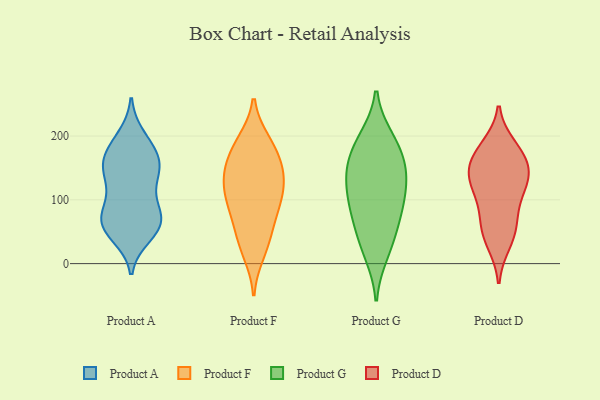
{"axis": {"x": "Conversion Rate (%)", "y": "Value"}, "legend": ["Product A", "Product D", "Product F", "Product G"], "data": [{"x": "", "y": 65, "type": "Product A"}, {"x": "", "y": 71, "type": "Product A"}, {"x": "", "y": 145, "type": "Product A"}, {"x": "", "y": 107, "type": "Product A"}, {"x": "", "y": 59, "type": "Product A"}, {"x": "", "y": 151, "type": "Product A"}, {"x": "", "y": 70, "type": "Product A"}, {"x": "", "y": 159, "type": "Product A"}, {"x": "", "y": 155, "type": "Product A"}, {"x": "", "y": 183, "type": "Product A"}, {"x": "", "y": 60, "type": "Product A"}, {"x": "", "y": 89, "type": "Product A"}, {"x": "", "y": 45, "type": "Product A"}, {"x": "", "y": 198, "type": "Product A"}, {"x": "", "y": 184, "type": "Product A"}, {"x": "", "y": 57, "type": "Product A"}, {"x": "", "y": 152, "type": "Product A"}, {"x": "", "y": 125, "type": "Product A"}, {"x": "", "y": 191, "type": "Product F"}, {"x": "", "y": 110, "type": "Product F"}, {"x": "", "y": 104, "type": "Product F"}, {"x": "", "y": 96, "type": "Product F"}, {"x": "", "y": 44, "type": "Product F"}, {"x": "", "y": 70, "type": "Product F"}, {"x": "", "y": 133, "type": "Product F"}, {"x": "", "y": 129, "type": "Product F"}, {"x": "", "y": 176, "type": "Product F"}, {"x": "", "y": 156, "type": "Product F"}, {"x": "", "y": 157, "type": "Product F"}, {"x": "", "y": 31, "type": "Product F"}, {"x": "", "y": 191, "type": "Product F"}, {"x": "", "y": 82, "type": "Product F"}, {"x": "", "y": 137, "type": "Product F"}, {"x": "", "y": 17, "type": "Product F"}, {"x": "", "y": 59, "type": "Product G"}, {"x": "", "y": 32, "type": "Product G"}, {"x": "", "y": 115, "type": "Product G"}, {"x": "", "y": 196, "type": "Product G"}, {"x": "", "y": 139, "type": "Product G"}, {"x": "", "y": 160, "type": "Product G"}, {"x": "", "y": 110, "type": "Product G"}, {"x": "", "y": 167, "type": "Product G"}, {"x": "", "y": 16, "type": "Product G"}, {"x": "", "y": 86, "type": "Product G"}, {"x": "", "y": 140, "type": "Product G"}, {"x": "", "y": 80, "type": "Product G"}, {"x": "", "y": 193, "type": "Product G"}, {"x": "", "y": 62, "type": "Product D"}, {"x": "", "y": 112, "type": "Product D"}, {"x": "", "y": 135, "type": "Product D"}, {"x": "", "y": 183, "type": "Product D"}, {"x": "", "y": 33, "type": "Product D"}, {"x": "", "y": 162, "type": "Product D"}, {"x": "", "y": 161, "type": "Product D"}, {"x": "", "y": 46, "type": "Product D"}, {"x": "", "y": 130, "type": "Product D"}, {"x": "", "y": 73, "type": "Product D"}, {"x": "", "y": 142, "type": "Product D"}, {"x": "", "y": 115, "type": "Product D"}, {"x": "", "y": 176, "type": "Product D"}]}